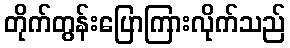
တိုက်တွန်းပြောကြားလိုက်သည်